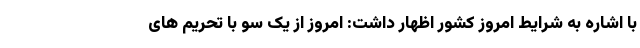
با اشاره به شرایط امروز کشور اظهار داشت: امروز از یک سو با تحریم های